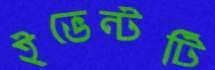
ইভেন্টটি